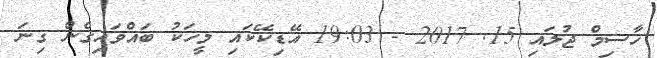
ހާސިމް ޖުލައި 15